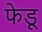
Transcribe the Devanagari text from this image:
फेडू